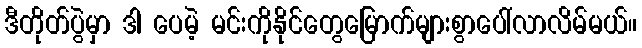
ဒီတိုတ်ပွဲမှာ ဒါ ပေမဲ့ မင်းကိုနိုင်တွေမြောက်များစွာပေါ်လာလိမ်မယ်။